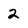
Character: 2